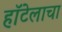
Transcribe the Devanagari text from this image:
हॉटेलाचा